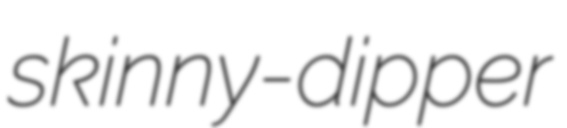
skinny-dipper